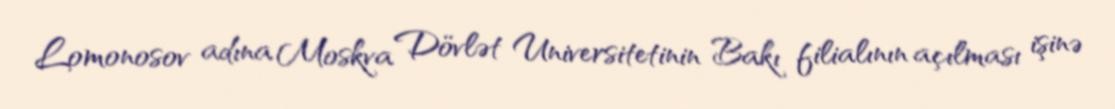
Lomonosov adına Moskva Dövlət Universitetinin Bakı filialının açılması işinə